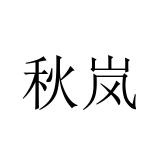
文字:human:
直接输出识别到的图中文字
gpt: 秋岚